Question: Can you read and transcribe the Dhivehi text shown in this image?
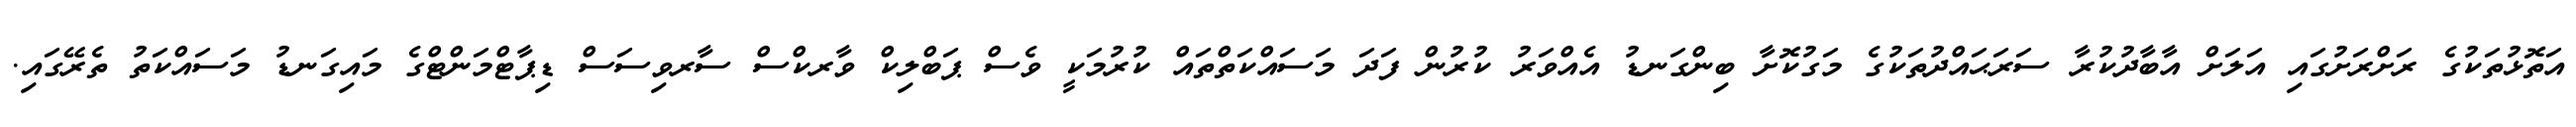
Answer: އަތޮޅުތަކުގެ ރަށްރަށުގައި އަލަށް އާބާދުކުރާ ސަރަޙައްދުތަކުގެ މަގުކޮށާ ބިންގަނޑު އެއްވަރު ކުރުން ފަދަ މަސައްކަތްތައް ކުރުމަކީ ވެސް ޕަބްލިކް ވާރކްސް ސާރވިސަސް ޑިޕާޓްމަންޓްގެ މައިގަނޑު މަސައްކަތު ތެރޭގައި.